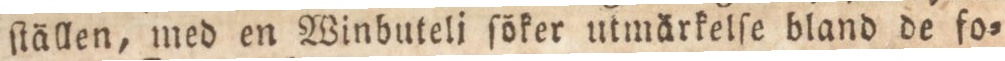
ſtällen, med en Winbuteli ſöker utmärkelſe bland de fo=